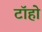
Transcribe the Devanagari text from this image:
टॉहो